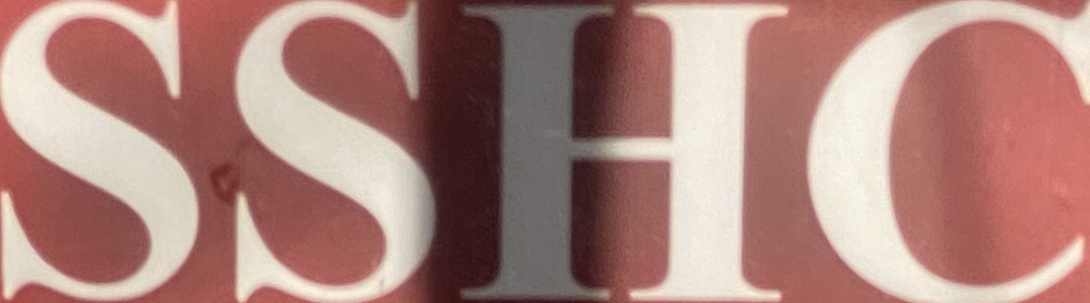
SSHC